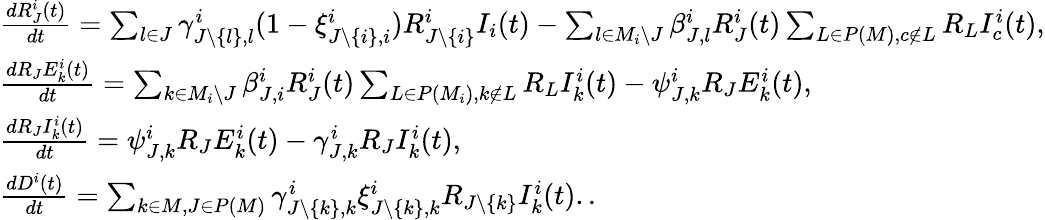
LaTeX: \begin{array}{l}{\frac{dR_{J}^{i}(t)}{dt}=\sum_{l\in J}\gamma_{J\backslash\{ l\} ,l}^{i}(1-\xi_{J\backslash\{ i\} ,i}^{i})R_{J\backslash\{ i\} }^{i}I_{i}(t)-\sum_{l\in M_{i}\backslash J}\beta_{J,l}^{i}R_{J}^{i}(t)\sum_{L\in P(M),c\not\in L}R_{L}I_{c}^{i}(t),}\\ {\frac{dR_{J}E_{k}^{i}(t)}{dt}=\sum_{k\in M_{i}\backslash J}\beta_{J,i}^{i}R_{J}^{i}(t)\sum_{L\in P(M_{i}),k\not\in L}R_{L}I_{k}^{i}(t)-\psi_{J,k}^{i}R_{J}E_{k}^{i}(t),}\\ {\frac{dR_{J}I_{k}^{i}(t)}{dt}=\psi_{J,k}^{i}R_{J}E_{k}^{i}(t)-\gamma_{J,k}^{i}R_{J}I_{k}^{i}(t),}\\ {\frac{dD^{i}(t)}{dt}=\sum_{k\in M,J\in P(M)}\gamma_{J\backslash\{ k\} ,k}^{i}\xi_{J\backslash\{ k\} ,k}^{i}R_{J\backslash\{ k\} }I_{k}^{i}(t)..}\end{array}